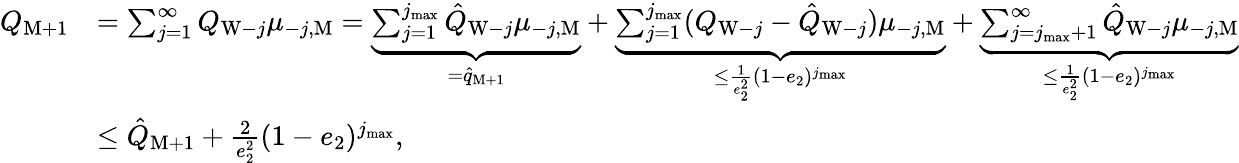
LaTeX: \begin{array}{rl}{Q_{\mathrm{M}+1}}&{=\sum_{j=1}^{\infty}Q_{\mathrm{W}-j}\mu_{-j,\mathrm{M}}=\underbrace{\sum_{j=1}^{j_{\operatorname*{max}}}\hat{Q}_{\mathrm{W}-j}\mu_{-j,\mathrm{M}}}_{=\hat{q}_{\mathrm{M}+1}}+\underbrace{\sum_{j=1}^{j_{\operatorname*{max}}}(Q_{\mathrm{W}-j}-\hat{Q}_{\mathrm{W}-j})\mu_{-j,\mathrm{M}}}_{\le\frac{1}{e_{2}^{2}}(1-e_{2})^{j_{\operatorname*{max}}}}+\underbrace{\sum_{j=j_{\operatorname*{max}}+1}^{\infty}\hat{Q}_{\mathrm{W}-j}\mu_{-j,\mathrm{M}}}_{\le\frac{1}{e_{2}^{2}}(1-e_{2})^{j_{\operatorname*{max}}}}}\\ &{\le\hat{Q}_{\mathrm{M}+1}+\frac{2}{e_{2}^{2}}(1-e_{2})^{j_{\operatorname*{max}}},}\end{array}